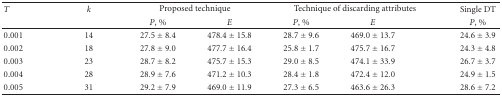
<table><thead><tr><td><b><i>T</i></b></td><td><b><i>k</i></b></td><td colspan="2"><b>Proposed technique</b></td><td colspan="2"><b>Technique of discarding attributes</b></td><td><b>Single DT</b></td></tr><tr><td></td><td></td><td><b><i>P</i>, %</b></td><td><b><i>E</i></b></td><td><b><i>P</i>, %</b></td><td><b><i>E</i></b></td><td><b><i>P</i>, %</b></td></tr></thead><tbody><tr><td>0.001</td><td>14</td><td>27.5 ± 8.4</td><td>478.4 ± 15.8</td><td>28.7 ± 9.6</td><td>469.0 ± 13.7</td><td>24.6 ± 3.9</td></tr><tr><td>0.002</td><td>18</td><td>27.8 ± 9.0</td><td>477.7 ± 16.4</td><td>25.8 ± 1.7</td><td>475.7 ± 16.7</td><td>24.3 ± 4.8</td></tr><tr><td>0.003</td><td>23</td><td>28.7 ± 8.2</td><td>475.7 ± 15.3</td><td>29.0 ± 8.5</td><td>474.1 ± 33.9</td><td>26.7 ± 3.7</td></tr><tr><td>0.004</td><td>28</td><td>28.9 ± 7.6</td><td>471.2 ± 10.3</td><td>28.4 ± 1.8</td><td>472.4 ± 12.0</td><td>24.9 ± 1.5</td></tr><tr><td>0.005</td><td>31</td><td>29.2 ± 7.9</td><td>469.0 ± 11.9</td><td>27.3 ± 6.5</td><td>463.6 ± 26.3</td><td>28.6 ± 7.2</td></tr></tbody></table>